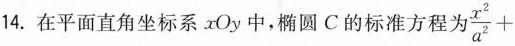
14.在平面直角坐标系xOy中，椭圆C的标准方程 $$\frac{x^{2}}{a^{2}}+$$